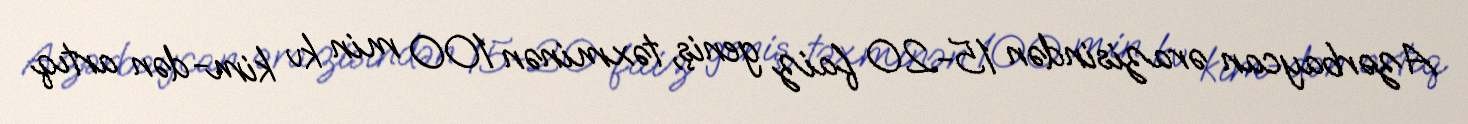
Azərbaycan ərazisindən 15-20 faiz geniş, təxminən 100 min kv kim-dən artıq